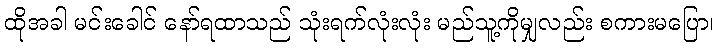
ထိုအခါ မင်းခေါင် နော်ရထာသည် သုံးရက်လုံးလုံး မည်သူ့ကိုမျှလည်း စကားမပြော၊